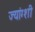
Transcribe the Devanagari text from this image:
ज्यांग्शी